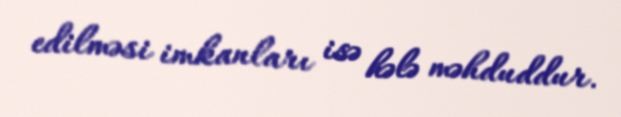
edilməsi imkanları isə hələ məhduddur.